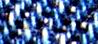
أصبتها